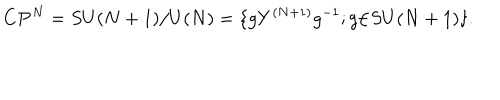
{ \bf C } { \bf P } ^ { N } = S U ( N + 1 ) / { U ( N ) } = \{ g Y ^ { ( N + 1 ) } g ^ { - 1 } ; g { \in } S U ( N + 1 ) \} .